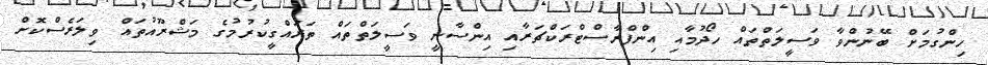
ހިންގުމަށް ބޭނުންވާ ވަސީލަތްތައް ހޯދުމާއި އިންފްރާސްޓްރަކްޗަރާއި އިންސާނީ ވަސީލަތްތައް ތަރައްގީކުރުމުގެ މަޝްރޫއުތައް ވިލަރެސްކޮށް